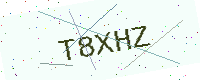
Text: T8XHZ